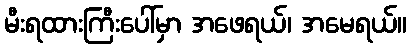
မီးရထားကြီးပေါ်မှာ အဖေရယ်၊ အမေရယ်။